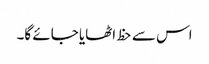
اس سے حظ اٹھایا جائے گا۔